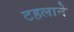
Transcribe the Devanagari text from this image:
टहलाने